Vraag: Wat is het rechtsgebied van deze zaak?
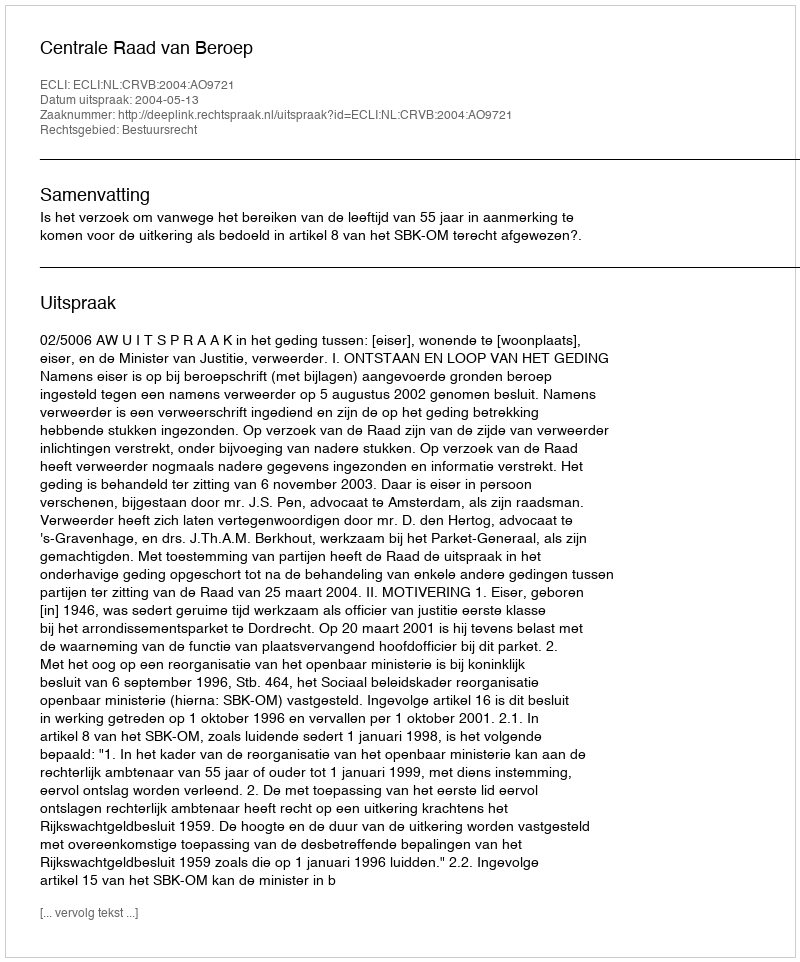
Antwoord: Bestuursrecht